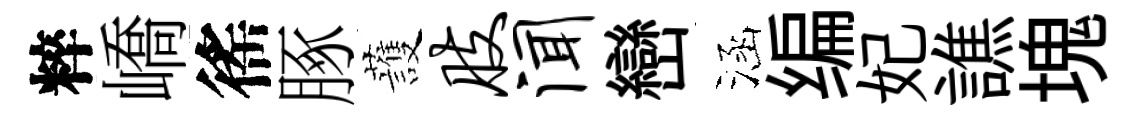
粹嶠徭䐁䕶肢闻巒涵编妃譙塊